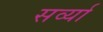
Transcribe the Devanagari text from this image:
सर्व्या